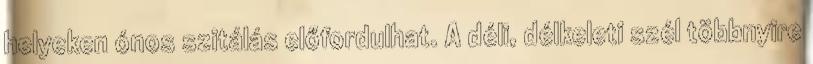
helyeken ónos szitálás előfordulhat. A déli, délkeleti szél többnyire